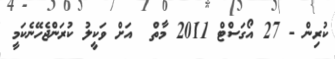
ކުރިން - 27 އޯގަސްޓް 2011 މާތް  އަށް ވަކީލު ކުރަންޖެހޭނެކަމީ